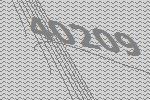
40209